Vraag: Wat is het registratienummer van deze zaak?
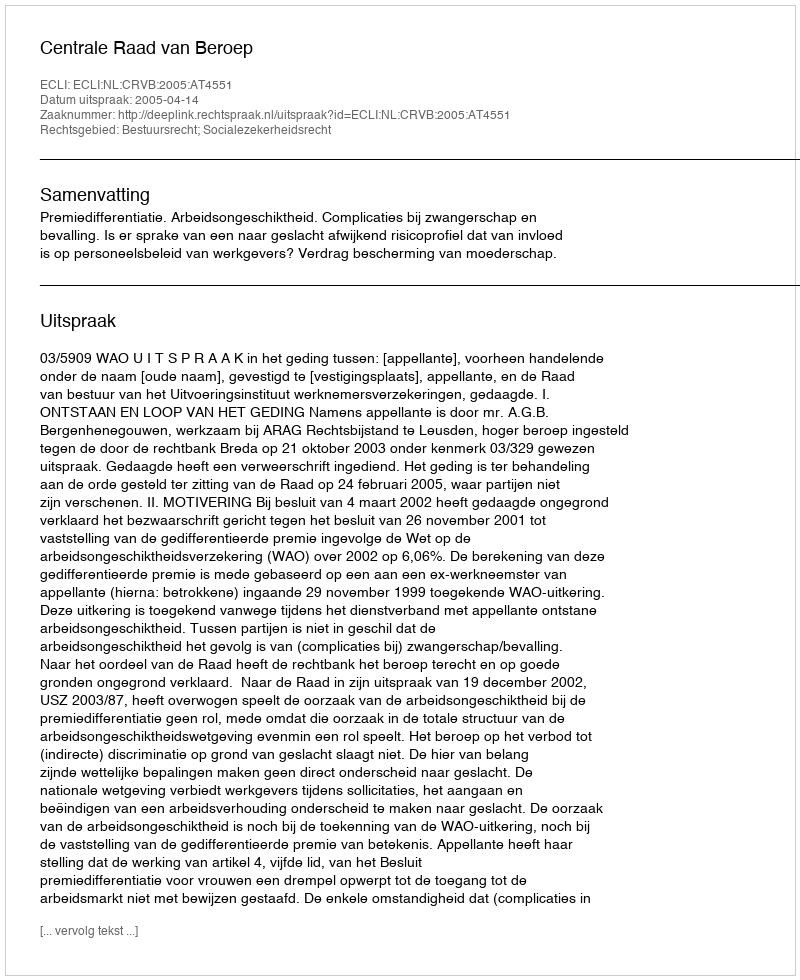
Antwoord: http://deeplink.rechtspraak.nl/uitspraak?id=ECLI:NL:CRVB:2005:AT4551